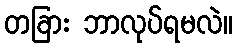
တခြား ဘာလုပ်ရမလဲ။